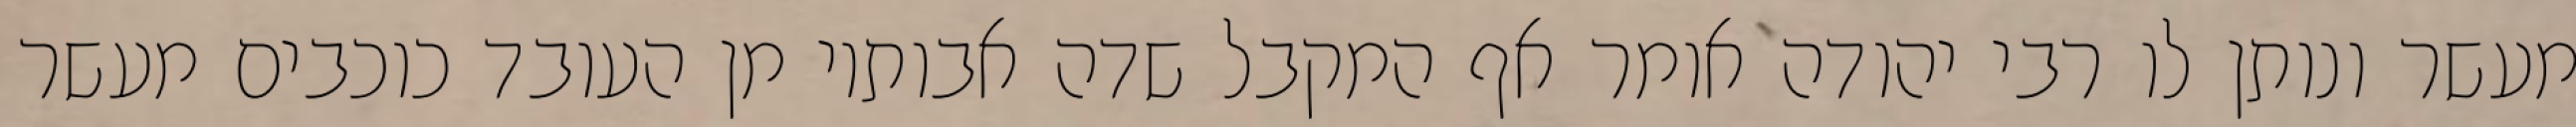
מעשר ונותן לו רבי יהודה אומר אף המקבל שדה אבותיו מן העובד כוכבים מעשר